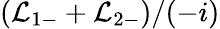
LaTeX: (\mathcal{L}_{1-}+\mathcal{L}_{2-})/(-i)